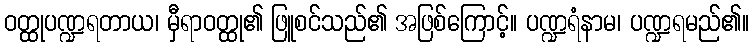
ဝတ္ထုပဏ္ဍရတာယ၊ မှီရာဝတ္ထု၏ ဖြူစင်သည်၏ အဖြစ်ကြောင့်။ ပဏ္ဍရံနာမ၊ ပဏ္ဍရမည်၏။